Indian Civil Veterinary Department memoirs
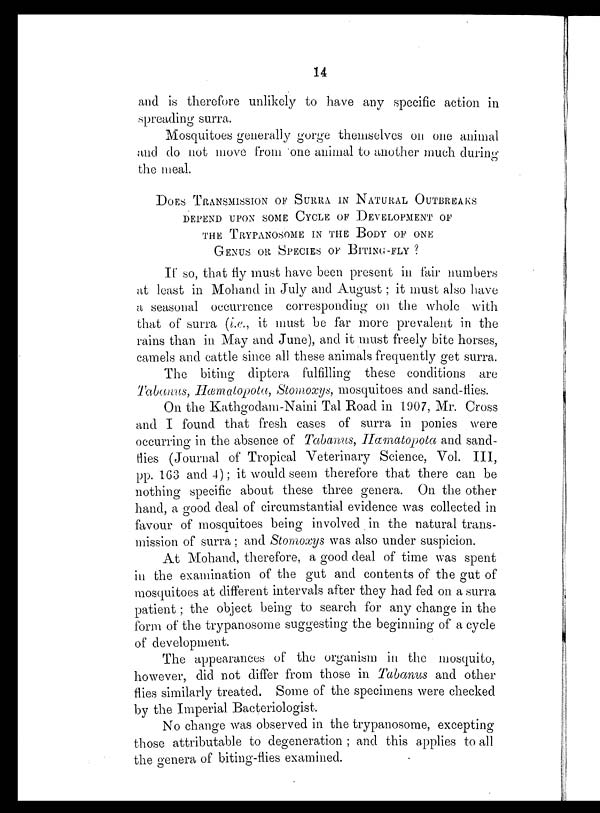
14
and is therefore unlikely to have any specific action in
spreading surra.
Mosquitoes generally gorge themselves on one animal
and do not move from one animal to another much during
the meal.
DOES TRANSMISSION OF SURRA IN NATURAL OUTBREAKS
DEPEND UPON SOME CYCLE OF DEVELOPMENT OF
THE TRYPANOSOME IN THE BODY OF ONE
GENUS OR SPECIES OF BITING-FLY ?
If so, that fly must have been present in fair numbers
at least in Mohand in July and August; it must also have
a seasonal occurrence corresponding on the whole with
that of surra (i.e., it must be far more prevalent in the
rains than in May and June), and it must freely bite horses,
camels and cattle since all these animals frequently get surra.
The biting diptera fulfilling these conditions are
Tabanus, Hæmatopota, Stomoxys, mosquitoes and sand-flies.
On the Kathgodam-Naini Tal Road in 1907, Mr. Cross
and I found that fresh cases of surra in ponies were
occurring in the absence of Tabanus, Hæmatopota and sand-
flies (Journal of Tropical Veterinary Science, Vol. III,
pp. 163 and 4); it would seem therefore that there can be
nothing specific about these three genera. On the other
hand, a good deal of circumstantial evidence was collected in
favour of mosquitoes being involved in the natural trans-
mission of surra; and Stomoxys was also under suspicion.
At Mohand, therefore, a good deal of time was spent
in the examination of the gut and contents of the gut of
mosquitoes at different intervals after they had fed on a surra
patient; the object being to search for any change in the
form of the trypanosome suggesting the beginning of a cycle
of development.
The appearances of the organism in the mosquito,
however, did not differ from those in Tabanus and other
flies similarly treated. Some of the specimens were checked
by the Imperial Bacteriologist.
No change was observed in the trypanosome, excepting
those attributable to degeneration ; and this applies to all
the genera of biting-flies examined.